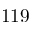
1 1 9